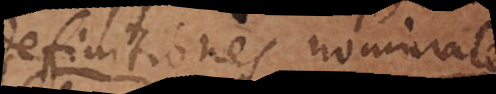
definitiones nominales